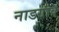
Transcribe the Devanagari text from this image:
नाडगांव